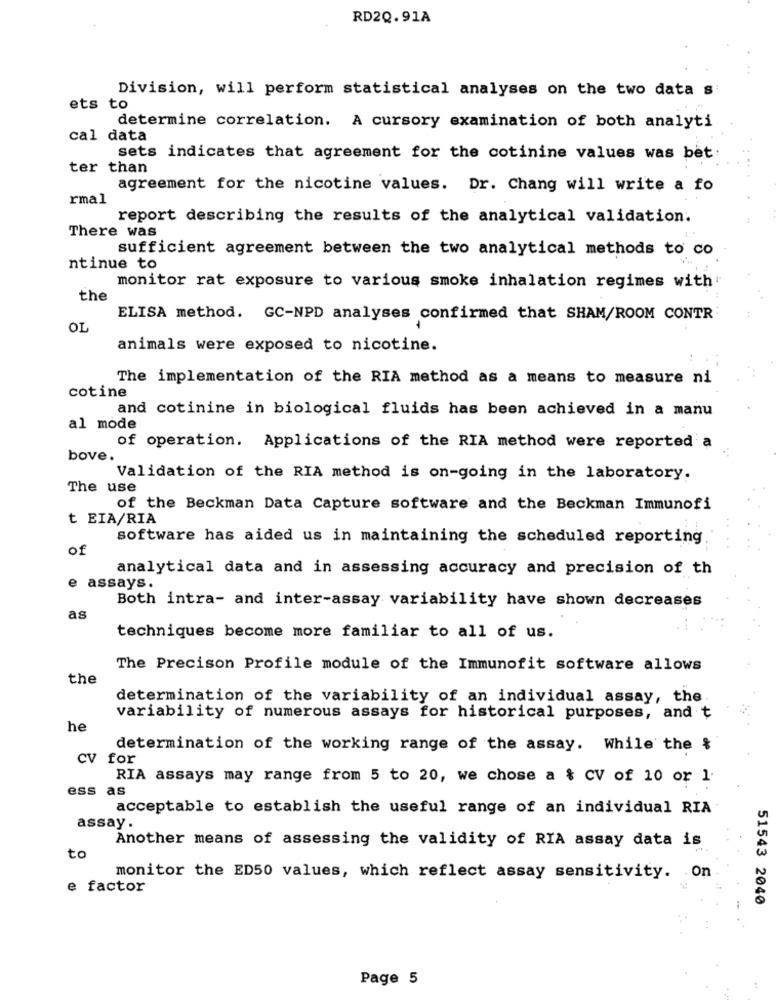
RD2Q.91A
Division, will perform statistical analyses on the two data s
ets to
determine correlation. A cursory examination of both analyti
cal data
sets indicates that agreement for the cotinine values was bet
ter than
agreement for the nicotine values. Dr. Chang will write a fo
rmal
report describing the results of the analytical validation.
There was
sufficient agreement between the two analytical methods to co
ntinue to
monitor rat exposure to various smoke inhalation regimes with
the
ELISA method. GC-NPD analyses confirmed that SHAM/ROOM CONTR
OL
animals were exposed to nicotine.
The implementation of the RIA method as a means to measure ni
cotine
and cotinine in biological fluids has been achieved in a manu
al mode
of operation. Applications of the RIA method were reported a
bove.
Validation of the RIA method is on-going in the laboratory.
The use
of the Beckman Data Capture software and the Beckman Immunofi
t EIA/RIA
software has aided us in maintaining the scheduled reporting
of
analytical data and in assessing accuracy and precision of th
e assays.
Both intra- and inter-assay variability have shown decreases
as
techniques become more familiar to all of us.
The Precison Profile module of the Immunofit software allows
the
determination of the variability of an individual assay, the
variability of numerous assays for historical purposes, and t
he
determination of the working range of the assay. While the &
CV
for
RIA assays may range from 5 to 20, we chose a & CV of 10 or 1.
ess
as
acceptable to establish the useful range of an individual RIA
assay.
Another means of assessing the validity of RIA assay data is
to
monitor the ED50 values, which reflect assay sensitivity. on
e factor
51543 2040
Page 5